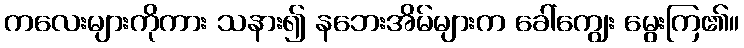
ကလေးများကိုကား သနား၍ နဘေးအိမ်များက ခေါ်ကျွေး မွေးကြ၏။